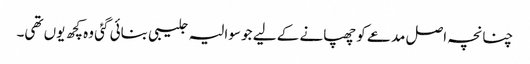
چنانچہ اصل مدعے کو چھپانے کے لیے جو سوالیہ جلیبی بنائی گئی وہ کچھ یوں تھی۔